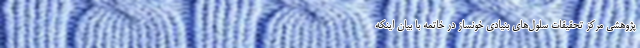
پژوهشی مرکز تحقیقات سلول‌های بنیادی خونساز در خاتمه با بیان اینکه